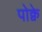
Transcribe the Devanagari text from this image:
पोक्वे